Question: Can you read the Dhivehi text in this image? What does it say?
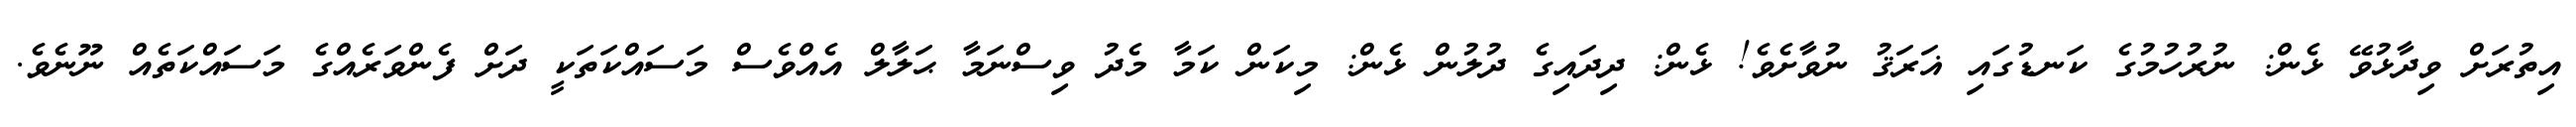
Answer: އިތުރަށް ވިދާޅުވޭ ޅެން: ނުރުހުމުގެ ކަނޑުގައި ޣަރަޤު ނުވާށެވެ! ޅެން: ދިދައިގެ ދުލުން ޅެން: މިކަން ކަމާ މެދު ވިސްނަމާ ޙަލާލް އެއްވެސް މަސައްކަތަކީ ދަށް ފެންވަރެއްގެ މަސައްކަތެއް ނޫނެވެ.